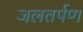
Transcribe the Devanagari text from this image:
जलतर्पण